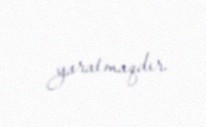
yaratmaqdır.